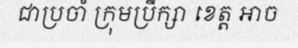
ជាប្រចាំ ក្រុមប្រឹក្សា ខេត្ត អាច